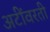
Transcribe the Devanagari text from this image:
अटींवरती